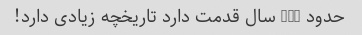
حدود 200 سال قدمت دارد تاریخچه زیادی دارد!